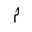
Letter: _mim